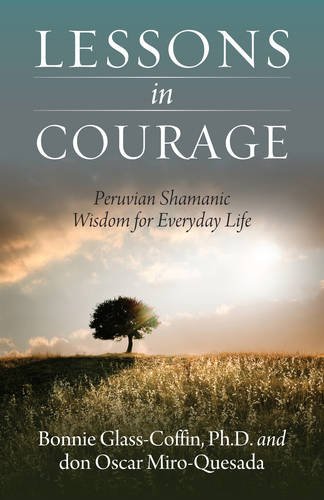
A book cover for Lessons in Courage: Peruvian Shamanic Wisdom for Everyday Life; Oscar Miro-Quesada; Religion & Spirituality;